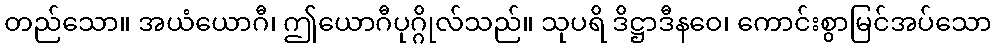
တည်သော။ အယံယောဂီ၊ ဤယောဂီပုဂ္ဂိုလ်သည်။ သုပရိ ဒိဋ္ဌာဒီနဝေ၊ ကောင်းစွာမြင်အပ်သော